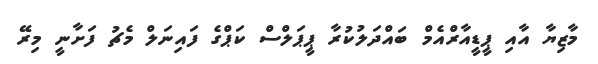
މާޒިޔާ އާއި ޕީޑީއާރްއެމް ބައްދަލުކުރާ ޕީޕަލްސް ކަޕްގެ ފައިނަލް މެޗު ފަށާނީ މިރޭ